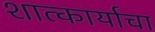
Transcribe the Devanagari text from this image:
शात्कार्याचा